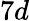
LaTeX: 7d